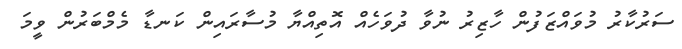
ސަރުކާރު މުވައްޒަފުން ހާޒިރު ނުވާ ދުވަހެއް އޮތިއްޔާ މުސާރައިން ކަނޑާ މެމްބަރުން ވީމަ